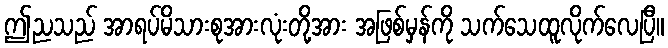
ဤညသည် အာရပ်မိသားစုအားလုံးတို့အား အဖြစ်မှန်ကို သက်သေထူလိုက်လေပြီ။